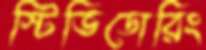
স্টিভিডোরিং